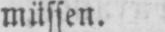
müssen.